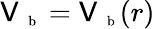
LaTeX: \mathsf{V}_{\mathrm{{~\scriptsize~b~}}}=\mathsf{V}_{\mathrm{{~\scriptsize~b~}}}(r)